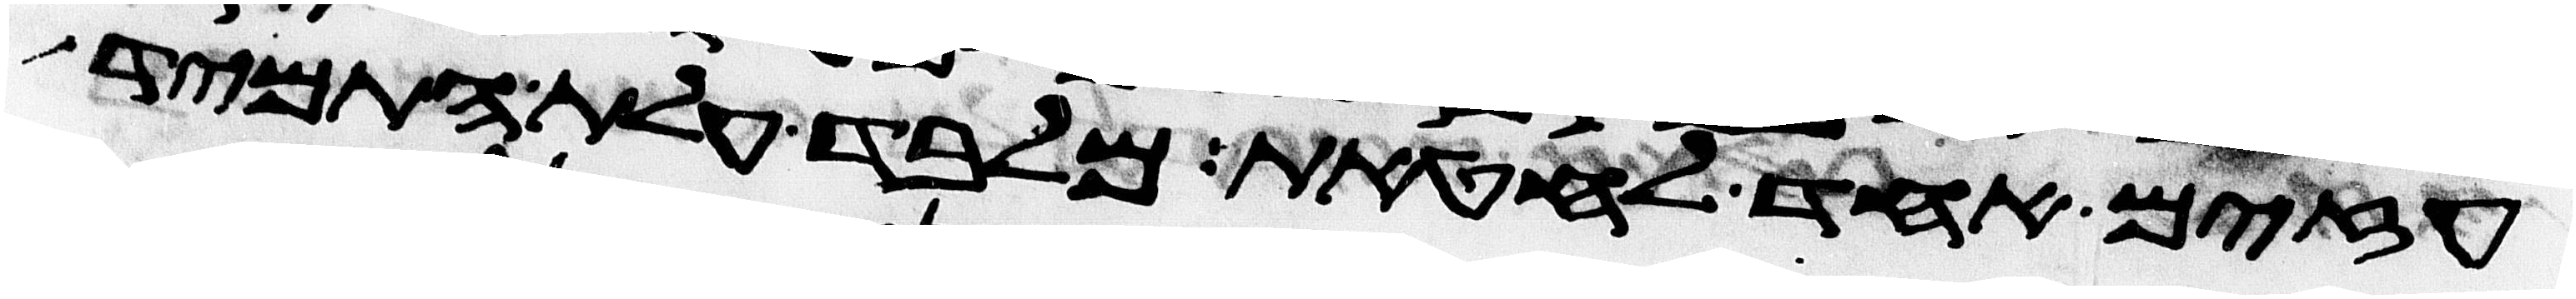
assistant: עזים אחד לחטאת מלבד עלת התמיד